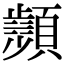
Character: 𩕘